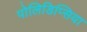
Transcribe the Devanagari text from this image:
पोलिडिप्सिया